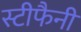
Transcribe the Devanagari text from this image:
स्टीफैनी